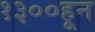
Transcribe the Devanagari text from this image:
१३००हून